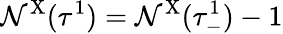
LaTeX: \mathcal{N}^{\mathrm{{X}}}(\tau^{1})=\mathcal{N}^{\mathrm{{X}}}(\tau_{-}^{1})-1